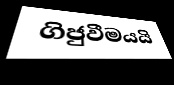
ගිජුවීමයයි